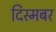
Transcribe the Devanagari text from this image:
दिस्मबर